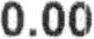
0.00